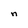
Character: n